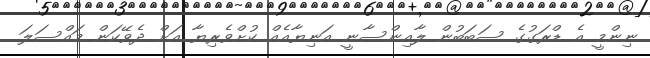
ނިންމީ އެ ޑްރަގުގެ ސަބަބުން ލާއިންސާނީ އަނިޔާއެއް ކުށްވެރިޔާ އަށް ދެވޭކަން މައްސަލަ